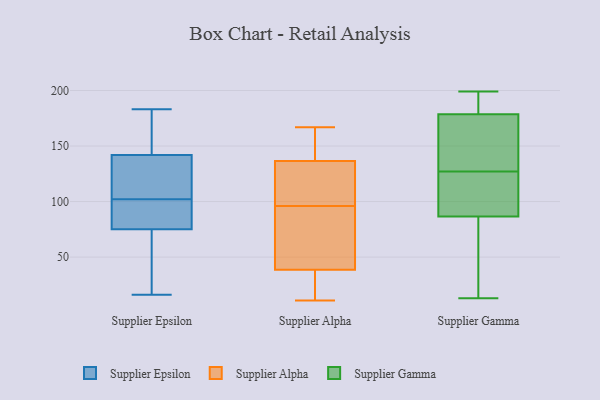
{"axis": {"x": "Demand Index", "y": "Value"}, "legend": ["Supplier Alpha", "Supplier Epsilon", "Supplier Gamma"], "data": [{"x": "", "y": 37, "type": "Supplier Epsilon"}, {"x": "", "y": 183, "type": "Supplier Epsilon"}, {"x": "", "y": 181, "type": "Supplier Epsilon"}, {"x": "", "y": 142, "type": "Supplier Epsilon"}, {"x": "", "y": 94, "type": "Supplier Epsilon"}, {"x": "", "y": 155, "type": "Supplier Epsilon"}, {"x": "", "y": 142, "type": "Supplier Epsilon"}, {"x": "", "y": 109, "type": "Supplier Epsilon"}, {"x": "", "y": 99, "type": "Supplier Epsilon"}, {"x": "", "y": 16, "type": "Supplier Epsilon"}, {"x": "", "y": 35, "type": "Supplier Epsilon"}, {"x": "", "y": 75, "type": "Supplier Epsilon"}, {"x": "", "y": 105, "type": "Supplier Epsilon"}, {"x": "", "y": 87, "type": "Supplier Epsilon"}, {"x": "", "y": 42, "type": "Supplier Alpha"}, {"x": "", "y": 142, "type": "Supplier Alpha"}, {"x": "", "y": 47, "type": "Supplier Alpha"}, {"x": "", "y": 80, "type": "Supplier Alpha"}, {"x": "", "y": 35, "type": "Supplier Alpha"}, {"x": "", "y": 34, "type": "Supplier Alpha"}, {"x": "", "y": 167, "type": "Supplier Alpha"}, {"x": "", "y": 131, "type": "Supplier Alpha"}, {"x": "", "y": 112, "type": "Supplier Alpha"}, {"x": "", "y": 163, "type": "Supplier Alpha"}, {"x": "", "y": 121, "type": "Supplier Alpha"}, {"x": "", "y": 11, "type": "Supplier Alpha"}, {"x": "", "y": 181, "type": "Supplier Gamma"}, {"x": "", "y": 13, "type": "Supplier Gamma"}, {"x": "", "y": 116, "type": "Supplier Gamma"}, {"x": "", "y": 95, "type": "Supplier Gamma"}, {"x": "", "y": 176, "type": "Supplier Gamma"}, {"x": "", "y": 113, "type": "Supplier Gamma"}, {"x": "", "y": 191, "type": "Supplier Gamma"}, {"x": "", "y": 199, "type": "Supplier Gamma"}, {"x": "", "y": 78, "type": "Supplier Gamma"}, {"x": "", "y": 138, "type": "Supplier Gamma"}, {"x": "", "y": 169, "type": "Supplier Gamma"}, {"x": "", "y": 57, "type": "Supplier Gamma"}]}